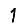
Digit: 1